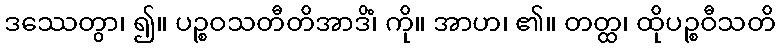
ဒဿေတွာ၊ ၍။ ပဉ္စဝသတီတိအာဒိံ၊ ကို။ အာဟ၊ ၏။ တတ္ထ၊ ထိုပဉ္စဝီသတိ